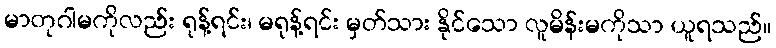
မာတုဂါမကိုလည်း ရုန့်ရင်း၊ မရုန့်ရင်း မှတ်သား နိုင်သော လူမိန်းမကိုသာ ယူရသည်။